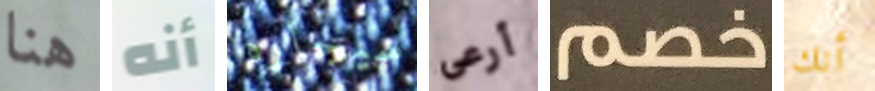
هنا أنه سيجاره أرعى خصم أنك